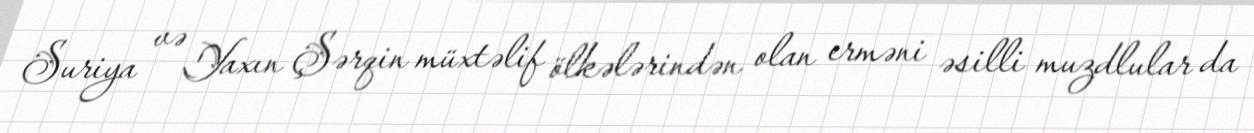
Suriya və Yaxın Şərqin müxtəlif ölkələrindən olan erməni əsilli muzdlular da